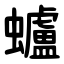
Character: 蠦